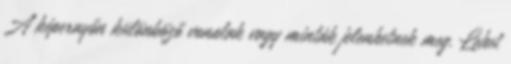
A képernyőn különböző vonalak vagy minták jelenhetnek meg. Lehet